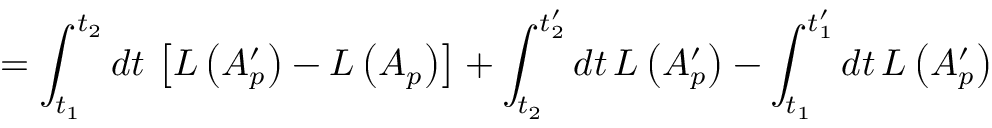
= \int _ { t _ { 1 } } ^ { t _ { 2 } } d t \, \left[ L \left( A _ { p } ^ { \prime } \right) - L \left( A _ { p } \right) \right] + \int _ { t _ { 2 } } ^ { t _ { 2 } ^ { \prime } } d t \, L \left( A _ { p } ^ { \prime } \right) - \int _ { t _ { 1 } } ^ { t _ { 1 } ^ { \prime } } d t \, L \left( A _ { p } ^ { \prime } \right)